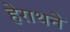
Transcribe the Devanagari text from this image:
हेराथने